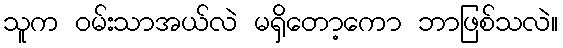
သူက ဝမ်းသာအယ်လဲ မရှိတော့ကော ဘာဖြစ်သလဲ။